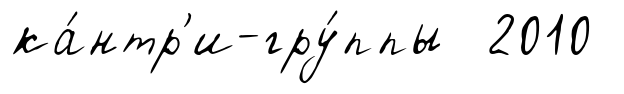
ка́нтр'и-гру́ппы 2010